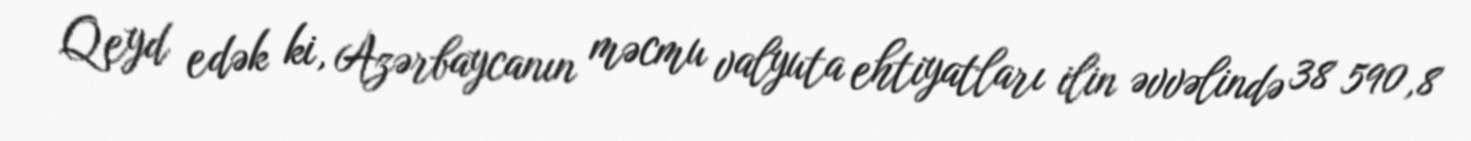
Qeyd edək ki, Azərbaycanın məcmu valyuta ehtiyatları ilin əvvəlində 38 590,8